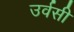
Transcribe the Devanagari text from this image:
उर्वसी